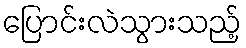
ပြောင်းလဲသွားသည့်